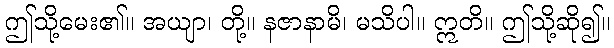
ဤသို့မေး၏။ အယျာ၊ တို့။ နဇာနာမိ၊ မသိပါ။ ဣတိ။ ဤသို့ဆို၍။